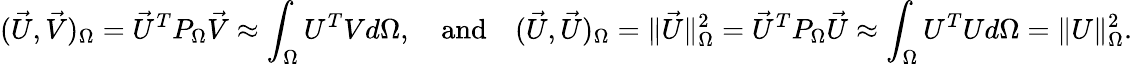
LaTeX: (\vec{U},\vec{V})_{\Omega}=\vec{U}^{T}P_{\Omega}\vec{V}\approx\int_{\Omega}U^{T}Vd\Omega,\quad\mathrm{and}\quad(\vec{U},\vec{U})_{\Omega}=\| \vec{U}\| _{\Omega}^{2}=\vec{U}^{T}P_{\Omega}\vec{U}\approx\int_{\Omega}U^{T}Ud\Omega=\| U\| _{\Omega}^{2}.